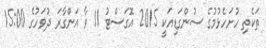
ތަކެތި ހުށަހެޅުމުގެ ސުންގަޑިއަކީ 2015 އޮގަސްޓު 11 ވާ އަންގާރަ ދުވަހުގެ 15:00